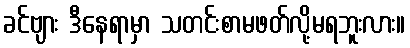
ခင်ဗျား ဒီနေရာမှာ သတင်းစာမဖတ်လို့မရဘူးလား။